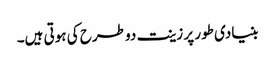
بنیادی طور پر زینت دو طرح کی ہوتی ہیں۔